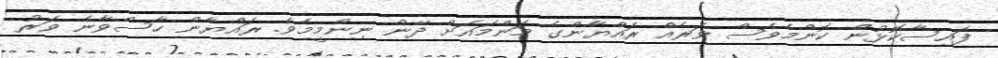
ފައިސާކޮޅުން ކޮންމެވެސް ވަރެއް ރައްޔާންގެ މަންމައަށް ދޭން ނިންމީމެވެ. ރައްޔާން ހާސްވާނެ ވަރު